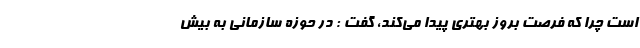
است چرا که فرصت بروز بهتری پیدا می‌کند، گفت : در حوزه سازمانی به بیش